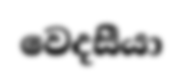
වෙදසීයා